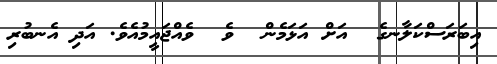
އިބަރަސްކަލާނގެ  އަށް އަޅަމެން  ވެ  ވެއްޖައީމުއެވެ. އަދި އެނބުރި